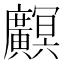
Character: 𫸏